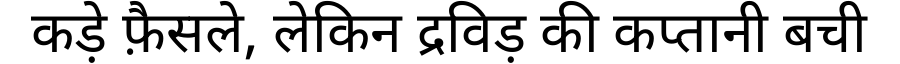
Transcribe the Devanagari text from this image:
कड़े फ़ैसले, लेकिन द्रविड़ की कप्तानी बची